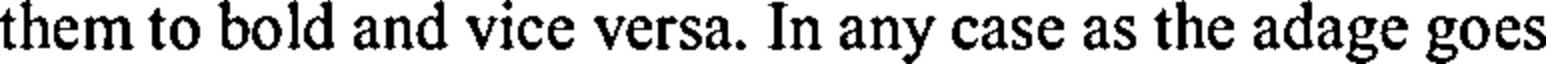
them to bold and vice versa. In any case as the adage goes